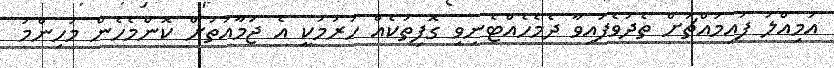
އަމިއްލަ ފައިމައްޗަށް ތެދުވެފައިވާ ދެމެހެއްޓެނިވި ގޮފިތަކެއް ހުރުމަކީ އެ ޖަމާއަތަށް ކޮންމެހެން މުހިންމު